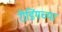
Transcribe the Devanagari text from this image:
रीडिंगच्या